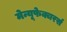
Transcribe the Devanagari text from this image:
मेन्यूफेक्चरर्स